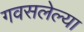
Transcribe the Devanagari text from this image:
गवसलेल्या